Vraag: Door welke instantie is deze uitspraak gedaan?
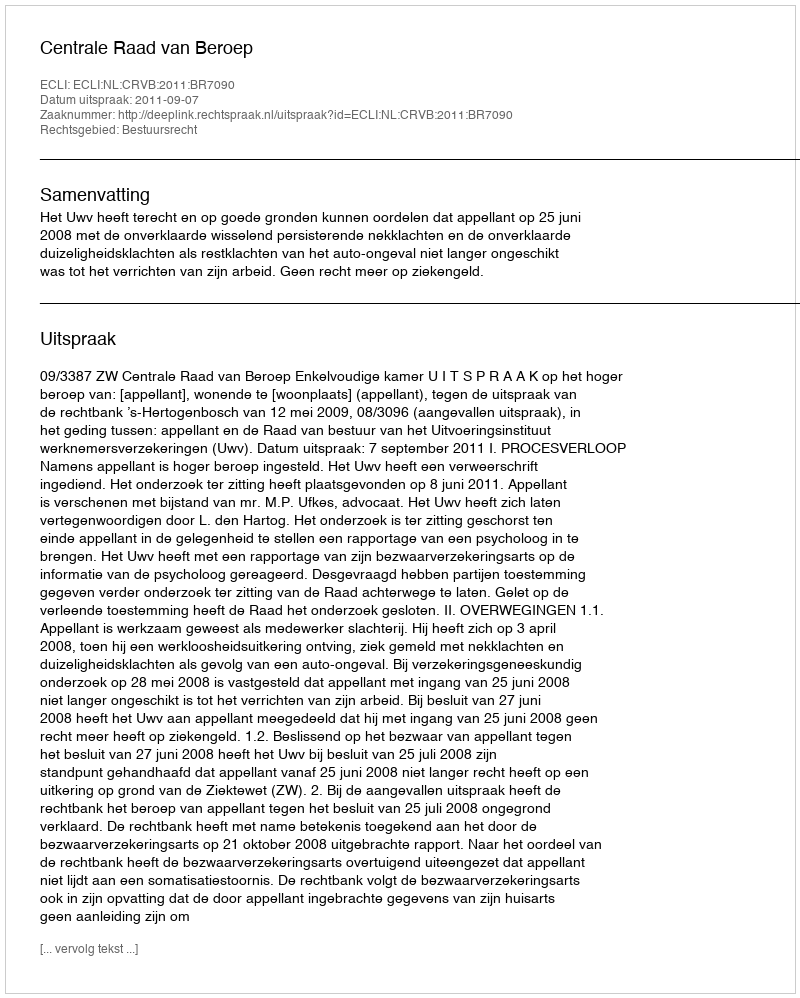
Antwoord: Centrale Raad van Beroep